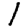
Digit: 1